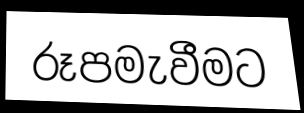
රූපමැවීමට